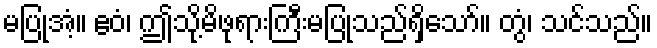
မပြုအံ့။ ဧဝံ၊ ဤသို့မိဖုရားကြီးမပြုသည်ရှိသော်။ တွံ၊ သင်သည်။